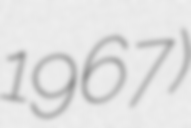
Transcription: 1967)